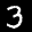
Label: 3